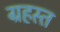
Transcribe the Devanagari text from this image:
ग्रहस्त